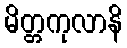
မိတ္တကုလာနိ